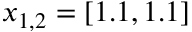
x _ { 1 , 2 } = [ 1 . 1 , 1 . 1 ]